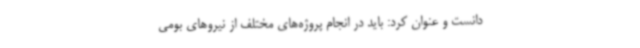
دانست و عنوان کرد: باید در انجام پروژه‌های مختلف از نیروهای بومی